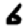
Digit: 6